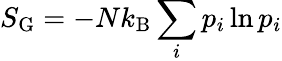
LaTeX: S_{\mathrm{G}}=-Nk_{\mathrm{B}}\sum_{i}p_{i}\ln p_{i}